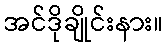
အင်ဒိုချိုင်းနား။